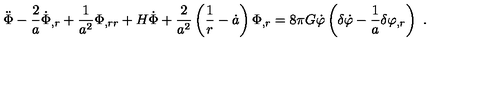
\ddot { \Phi } - \frac { 2 } { a } \dot { \Phi } _ { , r } + \frac { 1 } { a ^ { 2 } } \Phi _ { , r r } + H \dot { \Phi } + \frac { 2 } { a ^ { 2 } } \left( \frac { 1 } { r } - \dot { a } \right) \Phi _ { , r } = 8 \pi G \dot { \varphi } \left( \delta \dot { \varphi } - \frac { 1 } { a } \delta \varphi _ { , r } \right) \ .